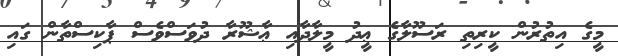
މީގެ އިތުރުން ކީރިތި ރަސޫލާގެ ޢީދު މީލާދާއި ޢާޝޫރާ ދުވަސްވެސް ޕާކިސްތާން ގައި